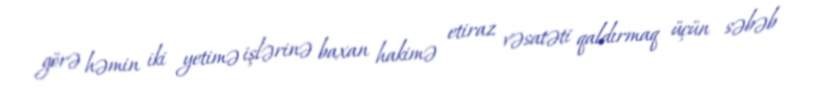
görə həmin iki yetimə işlərinə baxan hakimə etiraz vəsatəti qaldırmaq üçün səbəb